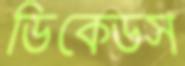
ডিকেডস